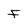
Character: F